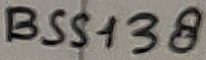
Text: BSS138